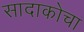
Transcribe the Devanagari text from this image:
सादाकोचा